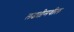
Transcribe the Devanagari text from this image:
लढतीमधील